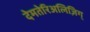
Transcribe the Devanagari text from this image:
देमतेरिअलिज़िग्